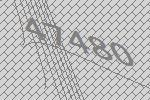
47480